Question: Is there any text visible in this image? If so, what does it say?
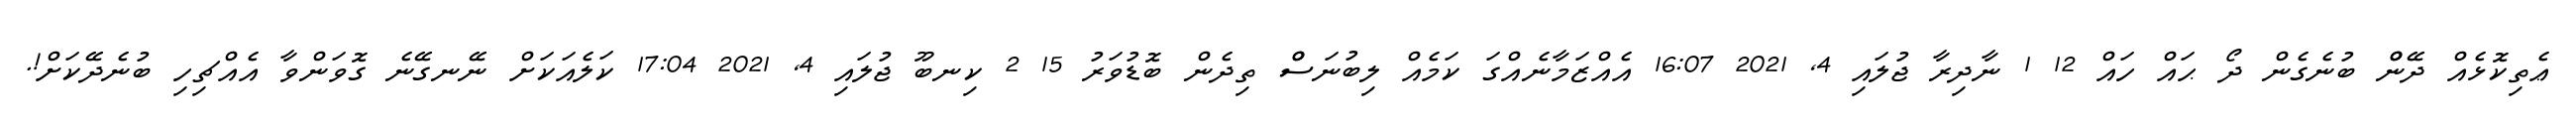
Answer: ޢެތިކޮޅެއް ދޭންް ބުނެގެން ދޯ ޙައް ހައް 12 1 ނާދިރާ ޖުލައި 4, 2021 16:07 އެއްޒަމާނެއްގަ ކަމެއް ލިބުނަސްް ތިދެން ބޮޑުވަރު 15 2 ކިނބޫ ޖުލައި 4, 2021 17:04 ކަލެއަކަށް ނޭނގޭނެ ގޮވަންވާ އެއްޗިހި ބުނެދޭކަށް!.